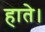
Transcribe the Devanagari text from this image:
हाते।